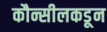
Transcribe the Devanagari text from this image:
कौन्सीलकडून